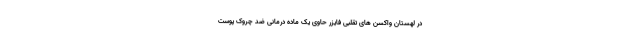
در لهستان واکسن های تقلبی فایزر حاوی یک ماده درمانی ضد چروک پوست